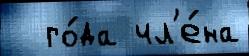
  го́да чл'е́на